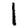
Digit: 1